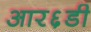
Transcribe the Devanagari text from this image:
आर६डी